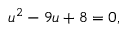
u ^ { 2 } - 9 u + 8 = 0 ,